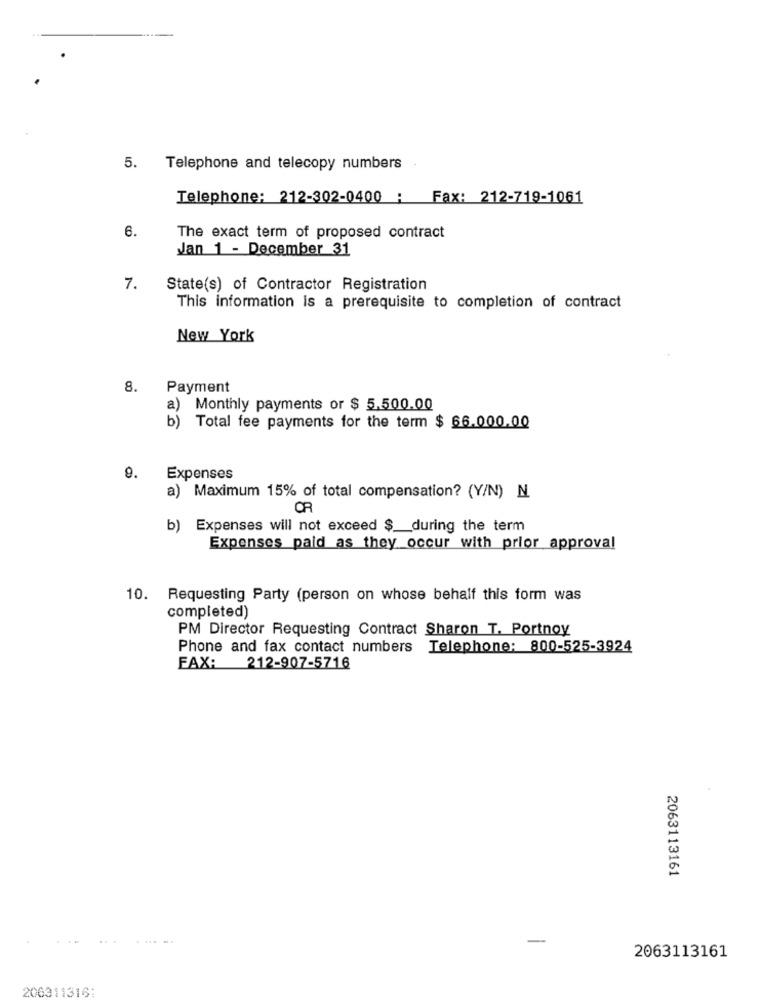
5.
Telephone and telecopy numbers
Telephone: 212-302-0400 ; Fax: 212-719-1061
6.
The exact term of proposed contract
Jan 1 - December 31
7.
State(s) of Contractor Registration
This information is a prerequisite to completion of contract
New York
8.
Payment
a)
Monthly payments or $ 5.500.00
b) Total fee payments for the term $ 66.000.00
9.
Expenses
a) Maximum 15% of total compensation? (Y/N) N.
CR
b) Expenses will not exceed $ __ during the term
Expenses paid as they occur with prior approval
10. Requesting Party (person on whose behalf this form was
completed)
PM Director Requesting Contract Sharon T. Portnoy
Phone and fax contact numbers Telephone: 800-525-3924
FAX: 212-907-5716
2063113161
.-.
-
2063113161
206311316: